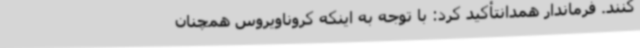
کنند. فرماندار همدانتأکید کرد: با توجه به اینکه کروناویروس همچنان